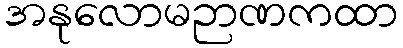
အနုလောမဉာဏကထာ